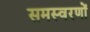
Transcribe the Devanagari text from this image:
समस्वरणों